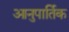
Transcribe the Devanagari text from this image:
आनुपार्तिक